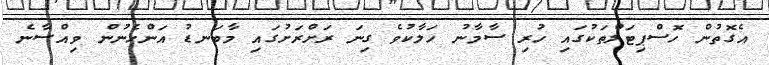
އެގޮތުން ހޮސްޕިޓަލްތަކުގައި ހުރި ސާމާނު ހަލާކުވެ ގިނަ ރަށްރަށުގައި މާބަނޑު އަންހެނުން ވިއްސާނެ